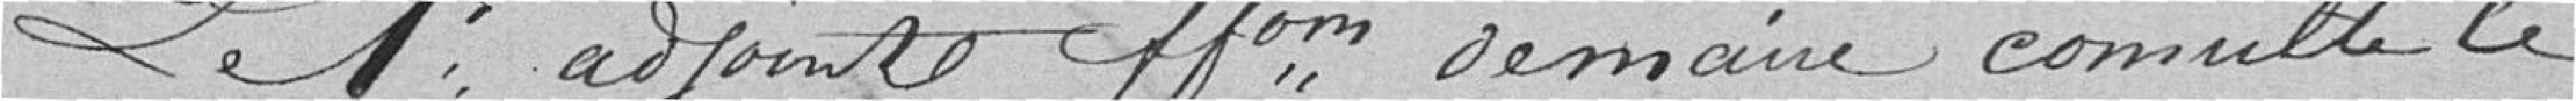
Le 1er adjoint faisant fonction de maire consulte le